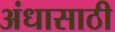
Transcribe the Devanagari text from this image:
अंधासाठी